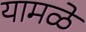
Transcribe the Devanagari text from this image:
यामळे